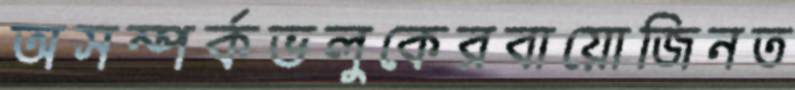
অসম্পর্কভলুকেরবায়োজিনত